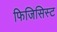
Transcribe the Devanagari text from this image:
फिजिसिस्ट